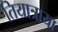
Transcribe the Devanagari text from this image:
तियात्राया